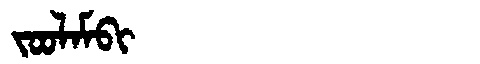
Manchu: ᠵᠣᠣᠯᠠᠮᠪᡳ
Romanization: JOOLAMBI